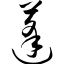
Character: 蓬